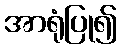
အာရုံပြု၍